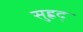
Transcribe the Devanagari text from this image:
सुह्रद्